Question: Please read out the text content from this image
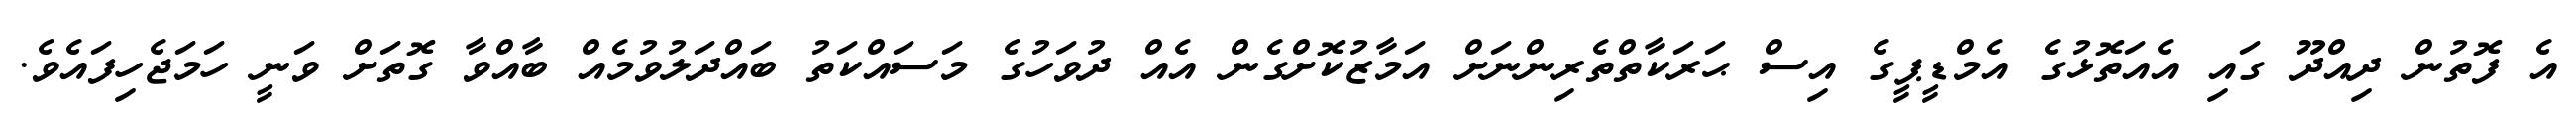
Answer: އެ ފޮތުން ދިއްދޫ ގައި އެއަތޮޅުގެ އެމްޑީޕީގެ އިސް ޙަރަކާތްތެރިންނަށް އަމާޒުކޮށްގެން އެއް ދުވަހުގެ މަސައްކަތު ބައްދަލުވުމެއް ބާއްވާ ގޮތަށް ވަނީ ހަމަޖެހިފައެވެ.